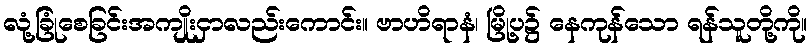
လုံ့ခြုံစေခြင်းအကျိုးငှာလည်းကောင်း။ ဗာဟိရာနံ၊ မြို့ပ၌ နေကုန်သော ရန်သူတို့ကို။